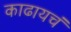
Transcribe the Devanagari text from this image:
काढायचं